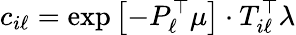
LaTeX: c_{i\ell}=\exp\left[-P_{\ell}^{\top}\mu\right]\cdot T_{i\ell}^{\top}\lambda